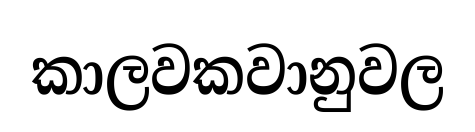
කාලවකවානුවල